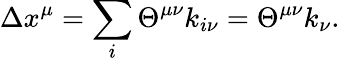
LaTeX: \Delta x^{\mu}=\sum_{i}\Theta^{\mu\nu}k_{i\nu}=\Theta^{\mu\nu}k_{\nu}.